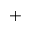
^ +